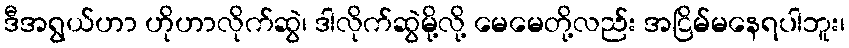
ဒီအရွယ်ဟာ ဟိုဟာလိုက်ဆွဲ၊ ဒါလိုက်ဆွဲမို့လို့ မေမေတို့လည်း အငြိမ်မနေရပါဘူး၊